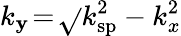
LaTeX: k_{\mathbf{y}}\! =\! \sqrt{}{{k_{\mathrm{{sp}}}^{2}-k_{x}^{2}}}